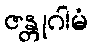
ဇန္တုဂါမံ